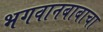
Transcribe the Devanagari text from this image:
भगवानबाबाचा